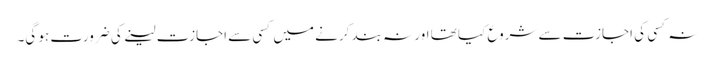
نہ کسی کی اجازت سے شروع کیا تھا اور نہ بند کرنے میں کسی سے اجازت لینے کی ضرورت ہو گی۔